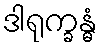
ဒါရုက္ခန္ဓံ